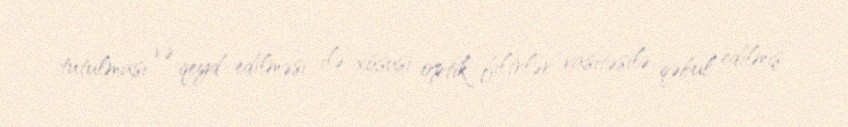
tutulması və qeyd edilməsi ilə xüsusi optik filtrlər vasitəsilə qəbul edilmiş